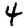
Digit: 4